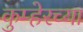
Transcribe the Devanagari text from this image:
कुम्हेरच्या